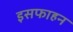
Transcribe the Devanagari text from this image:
इसफाहन